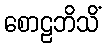
စောဠဘိသိံ